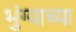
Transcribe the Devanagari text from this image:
भुंग्याच्या